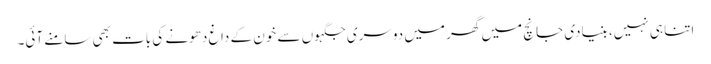
اتنا ہی نہیں، بنیادی جانچ میں گھر میں دوسری جگہوں سے خون کے داغ دھونے کی بات بھی سامنے آئی۔